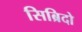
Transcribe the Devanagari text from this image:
सिब्रिदो